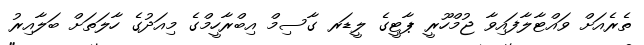
ތެރެއަށް ވައްޓާލާފައިވާ ޖުމްހޫރީ ޕާޓީގެ ލީޑަރ ގާސިމް އިބްރާހީމްގެ މިއަދުގެ ހާލަތަށް ބަލާއިރު